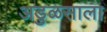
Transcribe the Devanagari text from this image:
अडुळसाला